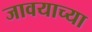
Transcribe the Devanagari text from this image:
जावयाच्या